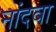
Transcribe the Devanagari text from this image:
नांदवा